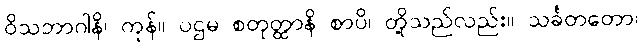
ဝိသဘာဂါနိ၊ ကုန်။ ပဌမ စတုတ္ထာနိ စာပိ၊ တို့သည်လည်း။ သင်္ခတတော၊